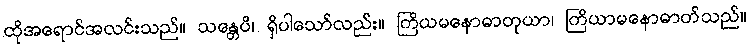
ထိုအရောင်အလင်းသည်။ သန္တေပိ၊ ရှိပါသော်လည်း။ ကြိယမနောဓာတုယာ၊ ကြိယာမနောဓာတ်သည်။